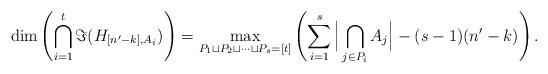
LaTeX: \begin{align*}\dim\left(\bigcap_{i=1}^t \Im(H_{[n'-k], A_{i}})\right) =\max _{P_1 \sqcup P_2 \sqcup \dots \sqcup P_s=[t]}\left(\sum_{i=1}^s\Big|\bigcap_{j \in P_i} A_j\Big|-(s-1) (n'-k)\right).\end{align*}